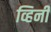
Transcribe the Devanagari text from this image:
व्हिनी